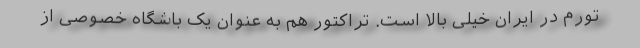
تورم در ایران خیلی بالا است. تراکتور هم به عنوان یک باشگاه خصوصی از